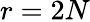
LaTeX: r=2N